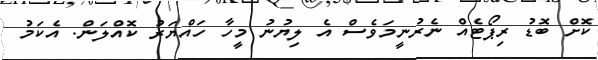
ކޮށް ބޮޑު ރިޕޯޓެއް ނެރުނީމަވެސް އެ ލިޔުނު މީހާ ހައްޔަރު ކޮއްލަން. އެކަމު